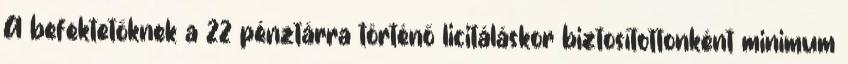
A befektetőknek a 22 pénztárra történő licitáláskor biztosítottonként minimum